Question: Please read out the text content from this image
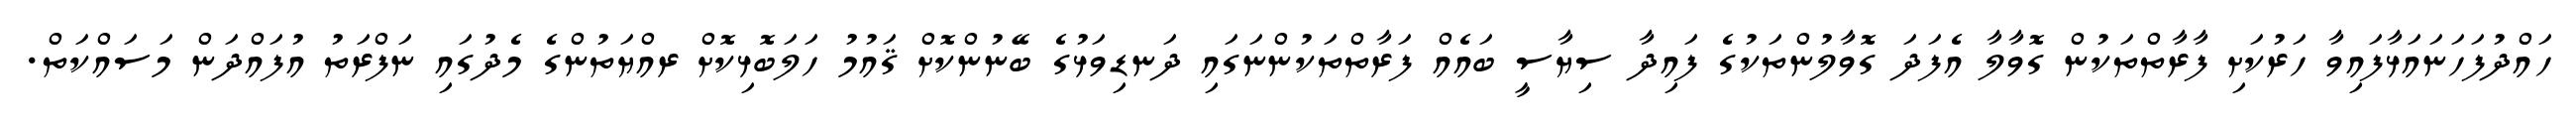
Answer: ހައްދުފަހަނައަޅާފައިވާ ހަރުކަށި ފާރާތްތަކުން ގޮވާލާ އެފަދަ ގޮވާލުންތަކުގެ ފައިދާ ސިޔާސީ ބައެއް ފަރާތްތަކުންނަގައި ދަނޑިވަޅުގެ ބޭނުންކޮށް ޤައުމު ހަލަބޮޅިކޮށް ރއްޔަތުންގެ މެދުގައި ނަފްރަތު އުފައްދަން މަސައްކަތް.